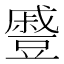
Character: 𮙖